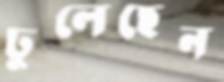
ঢুলেছেন